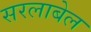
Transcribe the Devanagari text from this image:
सरलाबेल